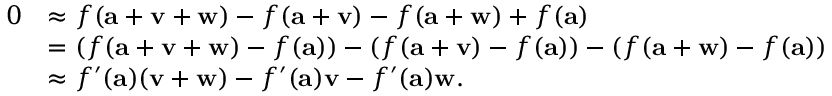
{ \begin{array} { r l } { 0 } & { \approx f ( \mathbf { a } + \mathbf { v } + \mathbf { w } ) - f ( \mathbf { a } + \mathbf { v } ) - f ( \mathbf { a } + \mathbf { w } ) + f ( \mathbf { a } ) } \\ & { = ( f ( \mathbf { a } + \mathbf { v } + \mathbf { w } ) - f ( \mathbf { a } ) ) - ( f ( \mathbf { a } + \mathbf { v } ) - f ( \mathbf { a } ) ) - ( f ( \mathbf { a } + \mathbf { w } ) - f ( \mathbf { a } ) ) } \\ & { \approx f ^ { \prime } ( \mathbf { a } ) ( \mathbf { v } + \mathbf { w } ) - f ^ { \prime } ( \mathbf { a } ) \mathbf { v } - f ^ { \prime } ( \mathbf { a } ) \mathbf { w } . } \end{array} }